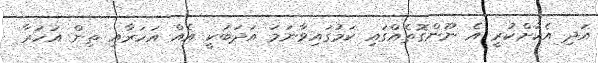
އަދި އެކުށްކުރީ އެ ނޫންގޮތެއްގައި ކަމުގައިވާނަމަ އަދަބަކީ އެއް އަހަރާއި ތިން އަހަރާ